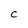
Character: c